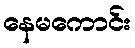
နေမကောင်း